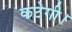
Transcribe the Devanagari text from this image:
कटेगी।